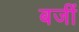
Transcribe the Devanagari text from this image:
बजीं